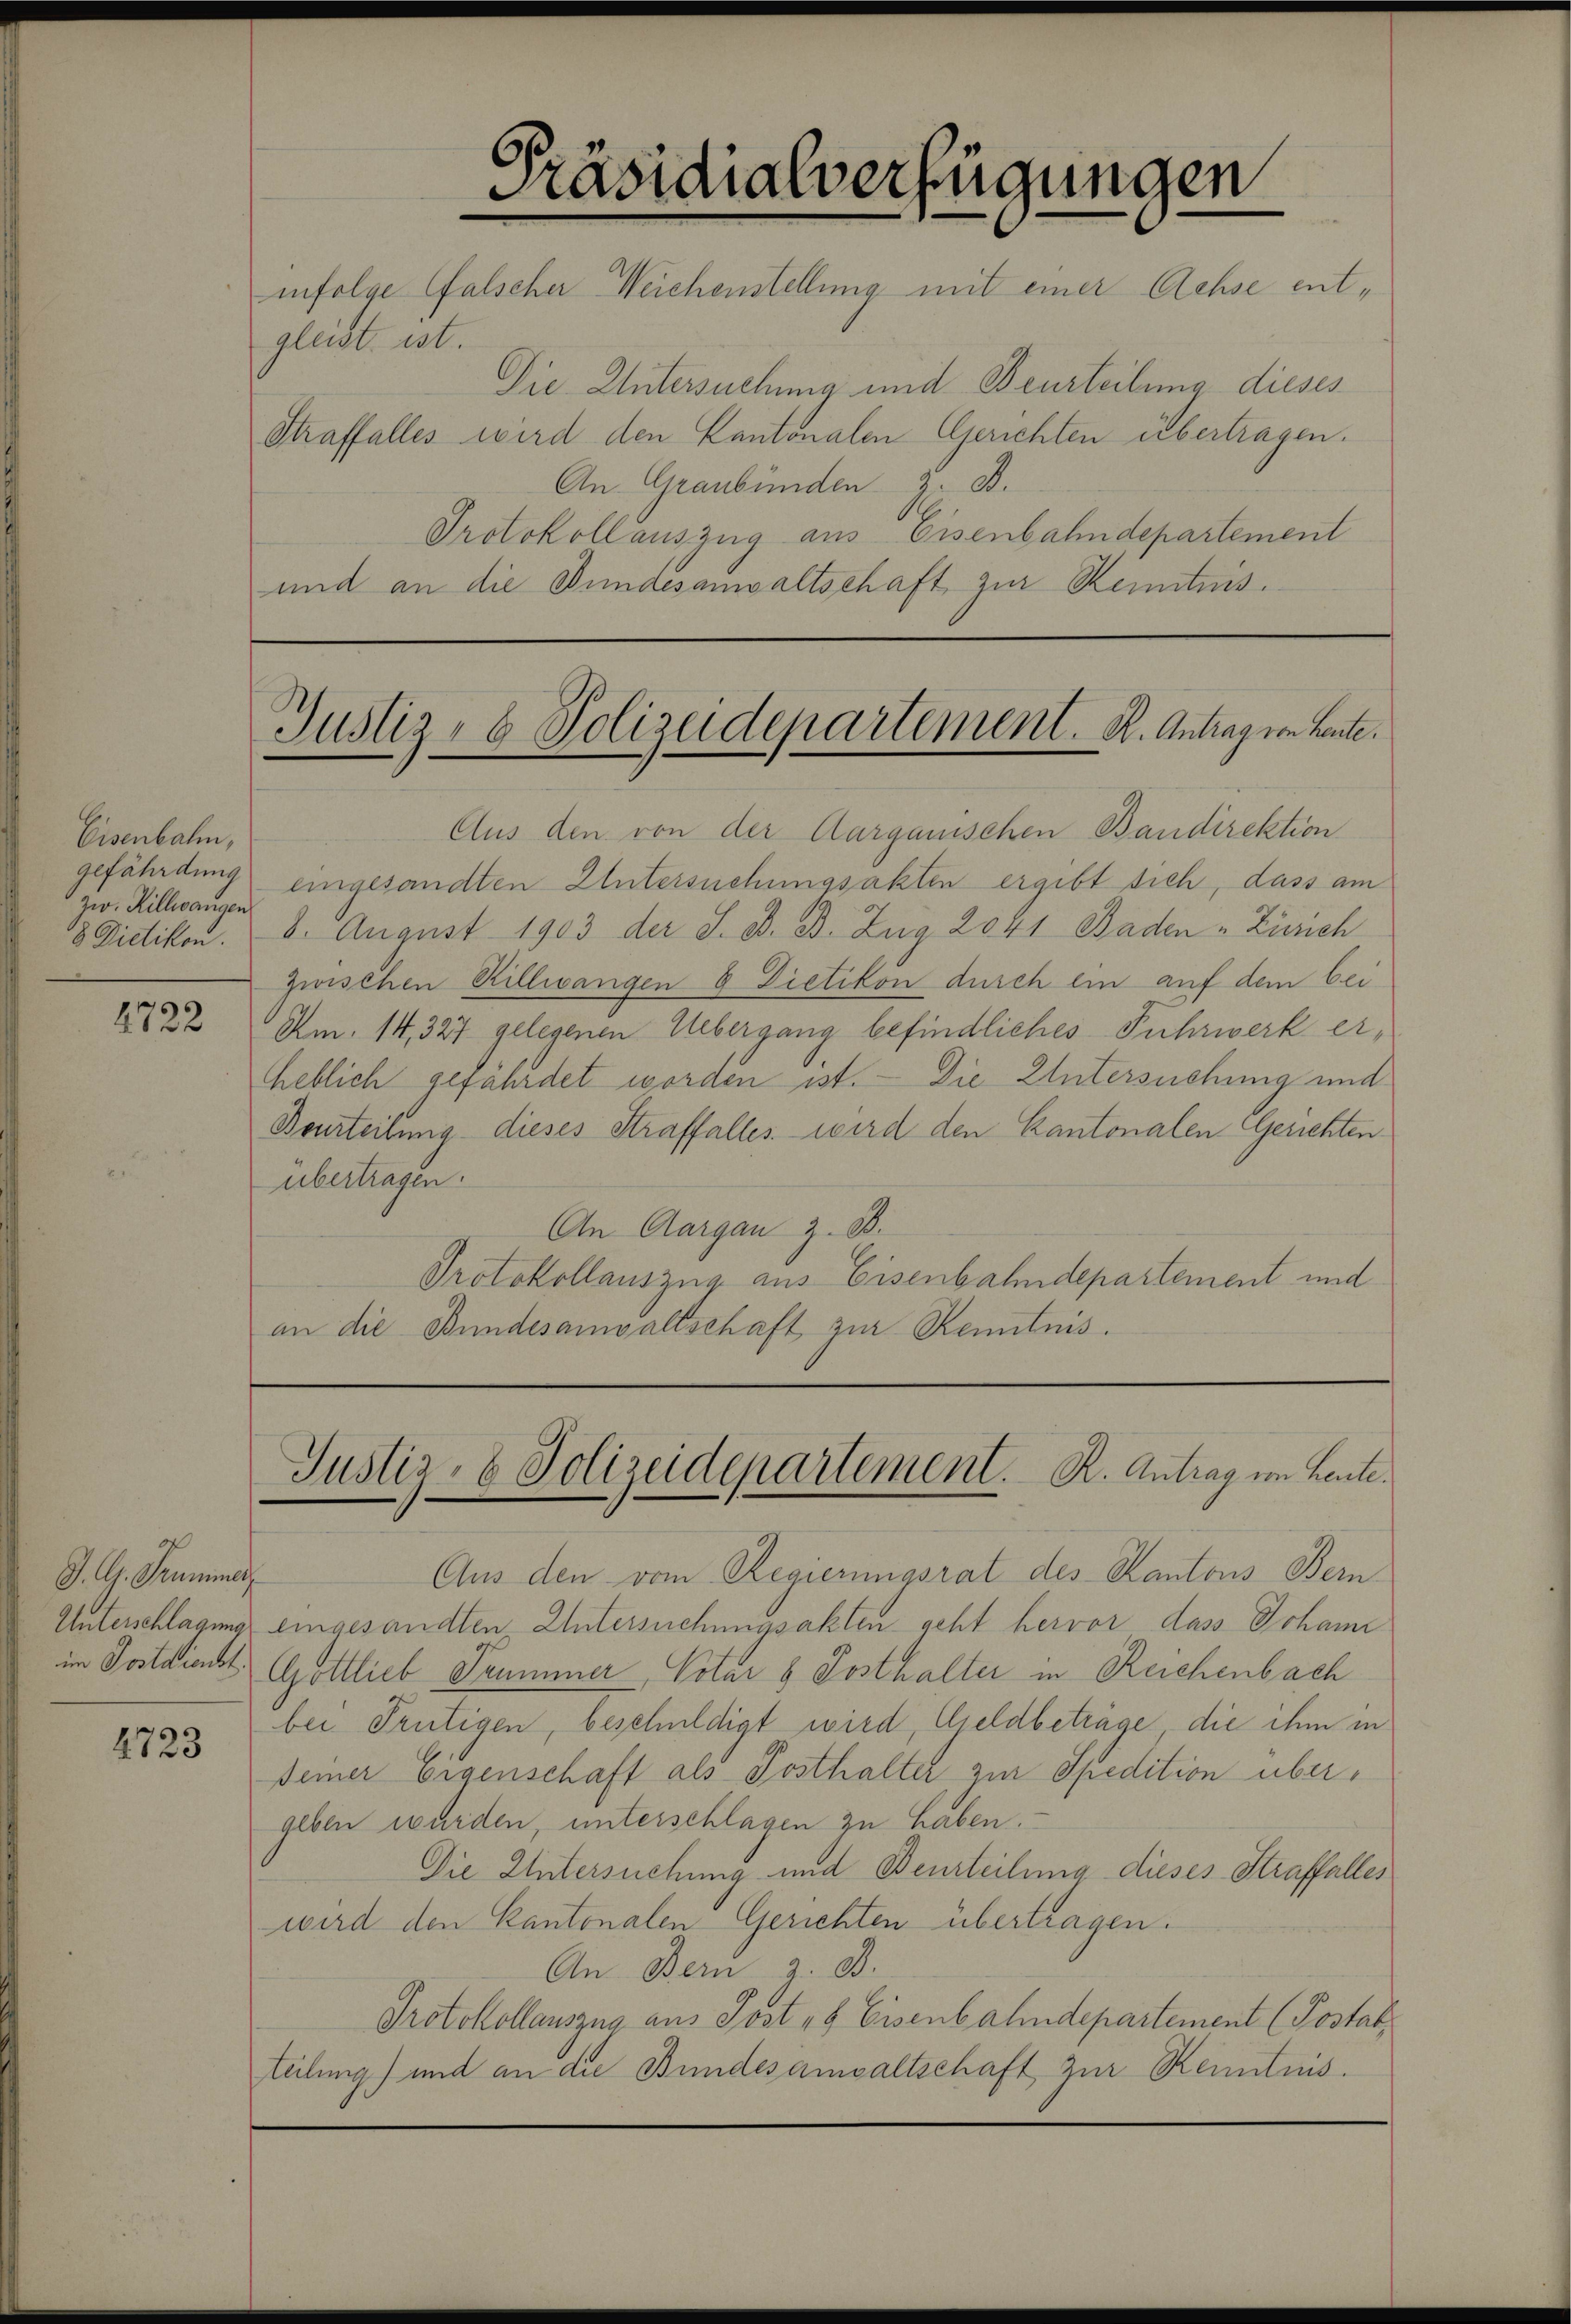
Eisenbahn,
gefährdung
zw. Killwangen
8 Dietikon.

4722

J. G. Trammer

4723

gleist ist.

Präsidialverfügungen

infolge falscher Weichenstellung mit einer Achse ent¬
Die Untersuchung und Beurteilung dieses
Straffalles wird den Cantonalen Gerichten übertragen.
An Graubünden z. B.
Protokollauszug aus Eisenbahndepartement
und an die Bundesanwaltschaft zur Kenntnis.

Justiz- & Polizeidepartement. B. Antrag von Leute.

Aus den von der Aargauischen Bandirektion
eingesandten Untersuchungsakten ergibt sich, dass am
8. August 1903 der S. O. B. Zug 2041 Baden „Zürich
zwischen Killwangen 8 Dietikon durch ein auf dem bei
Am. 14, 327 gelegenen Uebergang befindliches Fuhrwerk erheblich gefährdet worden ist. — Die Untersuchung und
Beurteilung dieses Straffalles wird den Kantonalen Gerichten
übertragen.
An Aargau z. B.
Protokollauszug aus Eisenbahndepartement und
an die Bundesanwaltschaft zur Renntnis.

Justiz- & Polizeidepartement. R. Antrag von Leute

Aus den vom Regierungsrat des Kantons Bern
Unterschlagung eingesandten Untersuchungsakten geht hervor dass Johann
im Postdiecht Gottlieb Trummer, Votar 8 Posthalter in Reichenbach
bei Frutigen, beschuldigt wird, Clieldbeträge die ihm in
seiner Eigenschaft als Posthalter zur Spedition übergeben wurden, unterschlagen zu haben.
Die Untersuchung und Beurteilung dieses Straffalles
wird den Kantonalen Gerichten übertragen.
An Bern z. B.
Protokollauszug aus Post 8 Eisenbahndepartement (Postab,
teilung) und an die Bundesanwaltschaft zur Kenntnis